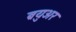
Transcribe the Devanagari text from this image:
ब्रयुअर